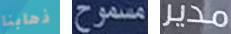
ذهابنا مسموح مدير